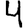
Digit: 4